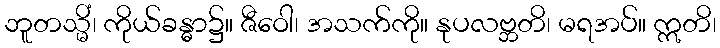
ဘူတသ္မိံ၊ ကိုယ်ခန္ဓာ၌။ ဇီဝေါ၊ အသက်ကို။ နုပလဗ္ဘတိ၊ မရအပ်။ ဣတိ၊